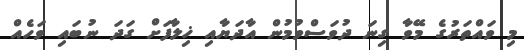
މި ވައްތަރުގެ މޭވާ ގިނަ ދުވަސްވުމުން އާދަޔާއި ޚިލާފަށް ގަދަ ނުބައި ވަހެއް